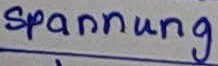
Text: Spannung